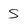
Character: S